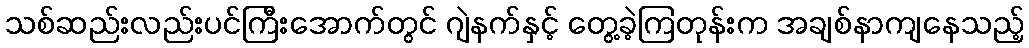
သစ်ဆည်းလည်းပင်ကြီးအောက်တွင် ဂျဲနက်နှင့် တွေ့ခဲ့ကြတုန်းက အချစ်နာကျနေသည့်